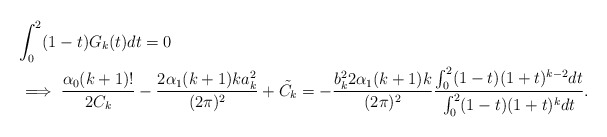
\begin{align*} &\int_{0}^{2}(1-t)G_{k}(t)dt=0\\ &\implies\frac{\alpha_{0}(k+1)!}{2C_{k}}-\frac{2\alpha_{1}(k+1)ka_{k}^{2}}{(2\pi)^{2}}+\tilde{C_{k}}=-\frac{b_{k}^{2}2\alpha_{1}(k+1)k}{(2\pi)^{2}}\frac{\int_{0}^{2}(1-t)(1+t)^{k-2}dt}{\int_{0}^{2}(1-t)(1+t)^{k}dt}. \end{align*}